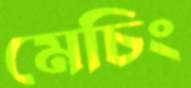
মেচিং